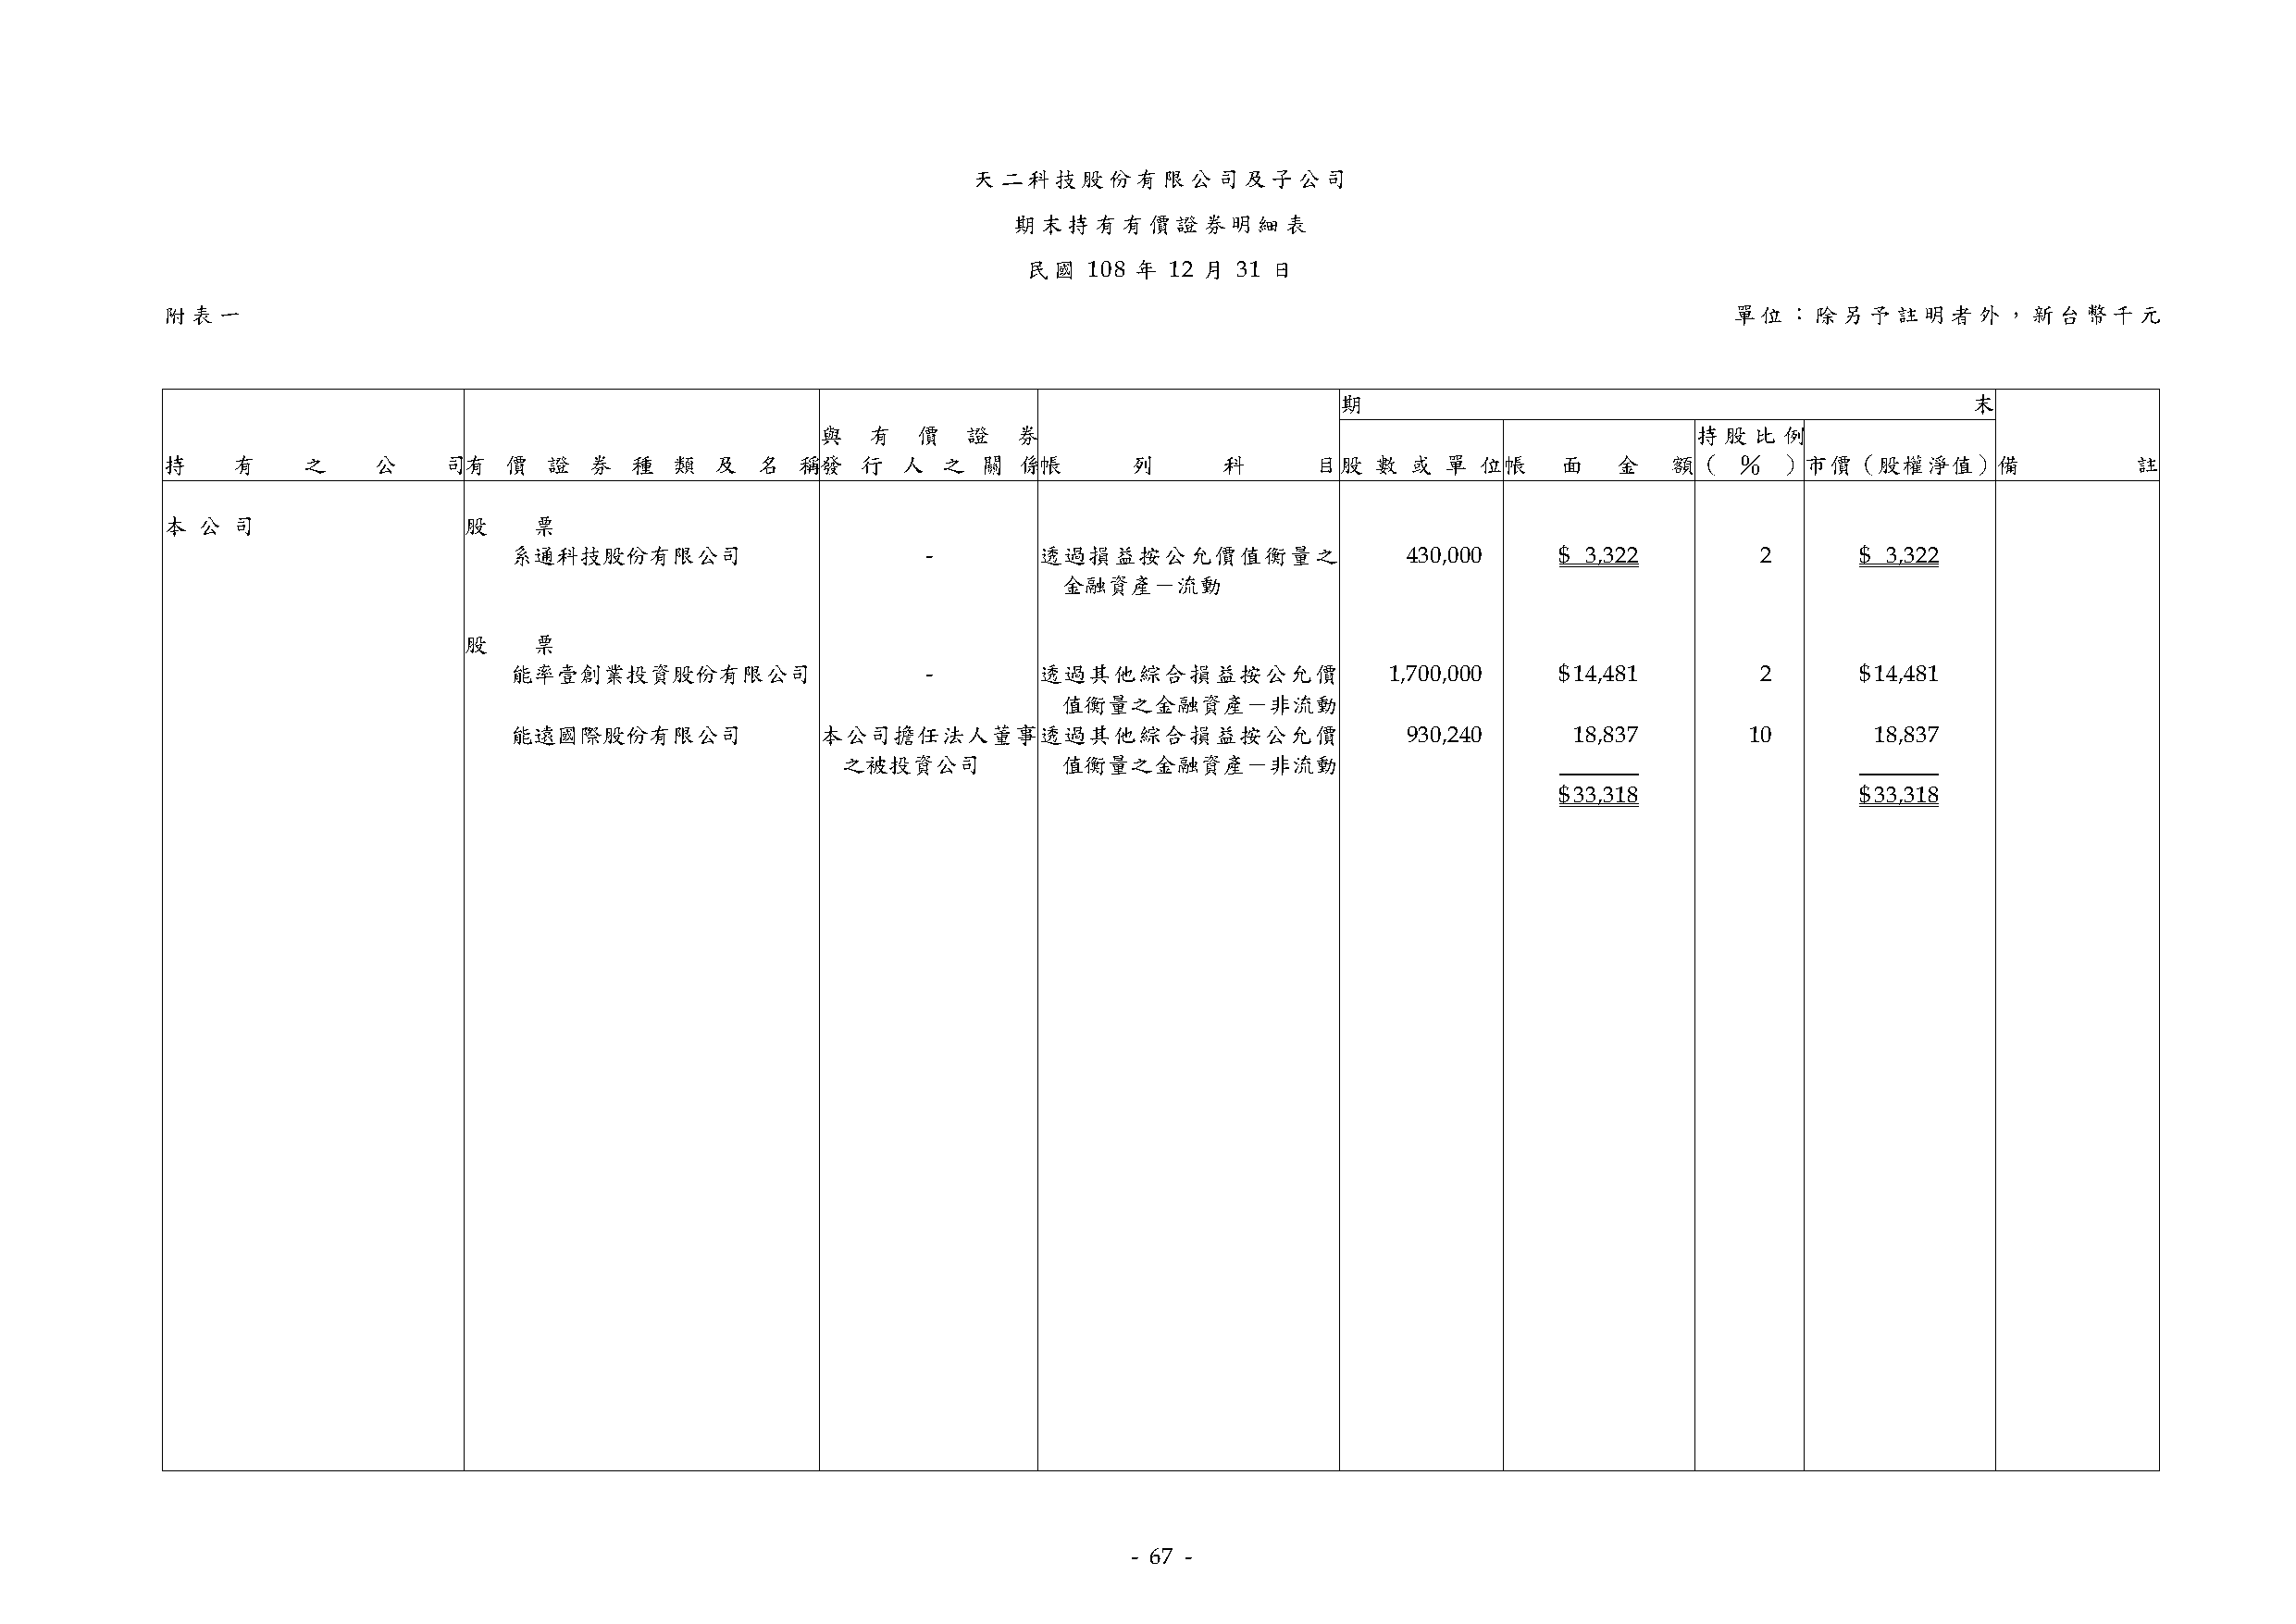
天二科技股份有限公司及子公司
 期末持有有價證券明細表
 民國   108 年 12 月 31 日
 附表一                                                                                                             單位：除另予註明者外，新台幣千元
 期                                            末
 與  有   價  證   券                                               持 股 比  例
 持    有    之    公    司 有 價  證  券  種  類  及  名  稱 發  行 人  之  關  係 帳     列     科      目 股 數  或 單  位 帳   面   金   額 （ ％  ） 市價（股權淨值）      備         註
 本 公  司               股    票
 系通科技股份有限公司                   -       透過損益按公允價值衡量之               430,000    $ 3,322       2      $ 3,322
 金融資產－流動
 股    票
 能率壹創業投資股份有限公司                -       透過其他綜合損益按公允價             1,700,000    $ 14,481      2      $ 14,481
 值衡量之金融資產－非流動
 能遠國際股份有限公司            本公司擔任法人董事透過其他綜合損益按公允價                     930,240     18,837      10       18,837
 之被投資公司          值衡量之金融資產－非流動
 $ 33,318             $ 33,318
 - 67 -